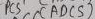
Text: ADC5